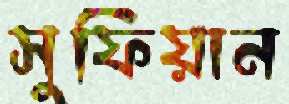
সুফিয়ান